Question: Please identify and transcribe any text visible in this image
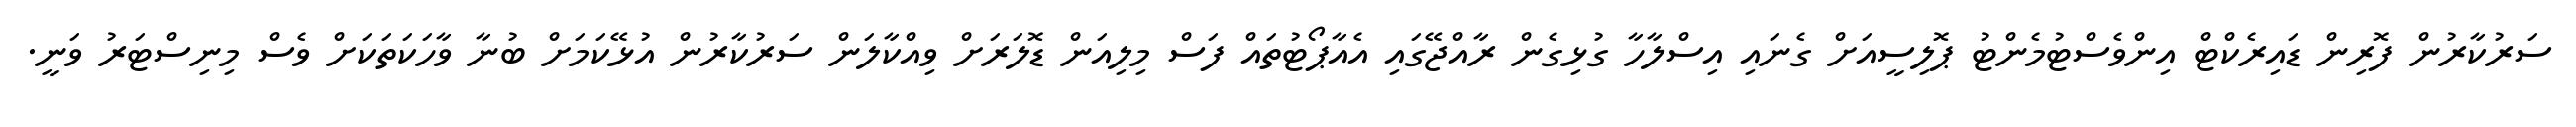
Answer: ސަރުކާރުން ފޮރިން ޑައިރެކްޓް އިންވެސްޓުމެންޓު ޕޮލިސީއަށް ގެނައި އިސްލާހާ ގުޅިގެން ރާއްޖޭގައި އެއާޕޯޓުތައް ފަސް މިލިއަން ޑޮލަރަށް ވިއްކާލަން ސަރުކާރުން އުޅޭކަމަށް ބުނާ ވާހަކަތަކަށް ވެސް މިނިސްޓަރު ވަނީ.